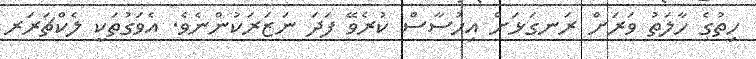
ހިތުގެ ހާލަތު ވަރަށް ރަނގަޅަށް އިހުސާސް ކުރެވޭ ފަދަ ނަޒަރަކުންނެވެ. އެވަގުތަކީ ލެކްޗަރަރ